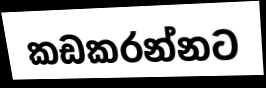
කඩකරන්නට